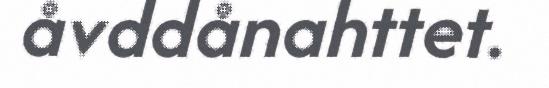
åvddånahttet.